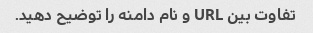
تفاوت بین URL و نام دامنه را توضیح دهید.